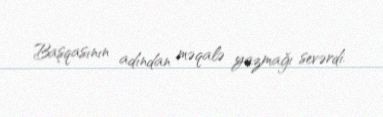
Başqasının adından məqalə yazmağı sevərdi.